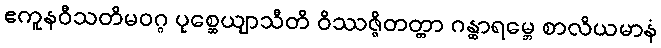
ဧကူနဝီသတိမဝဂ္ဂ ပုစ္ဆေယျာသီတိ ဝိဿဇ္ဇိတတ္တာ ဂန္ထာရမ္ဘေ စာလိယမာနံ